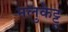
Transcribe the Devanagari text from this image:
नलुकेट्टू